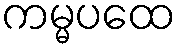
ကမ္မပထေ